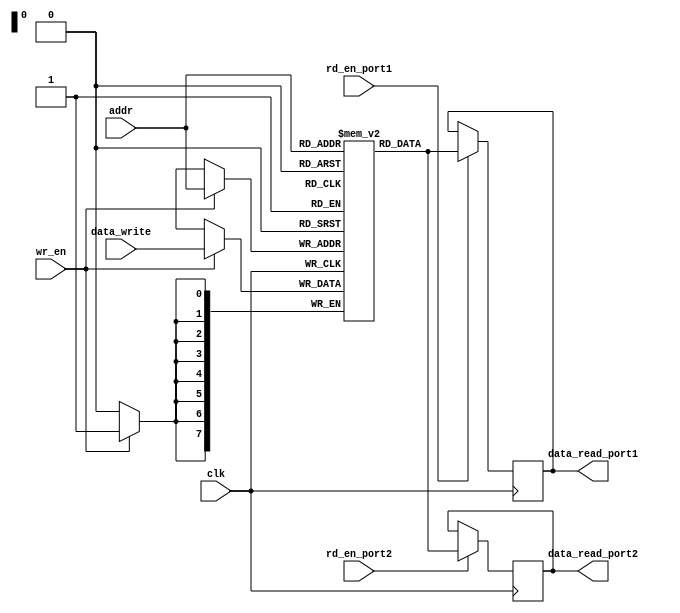
module dual_port_ram (
    input clk,
    input [7:0] addr,
    input [7:0] data_write,
    input wr_en,
    input rd_en_port1,
    input rd_en_port2,
    output reg [7:0] data_read_port1,
    output reg [7:0] data_read_port2
);

reg [7:0] ram [0:255];

always @(posedge clk) begin
    if (wr_en) begin
        ram[addr] <= data_write;
    end
    
    if (rd_en_port1) begin
        data_read_port1 <= ram[addr];
    end
    
    if (rd_en_port2) begin
        data_read_port2 <= ram[addr];
    end
end

endmodule